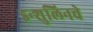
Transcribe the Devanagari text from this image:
इन्शुलिनचे